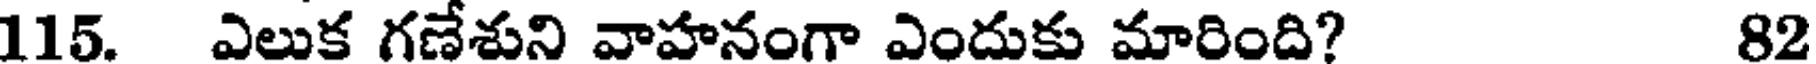
115. ఎలుక గణేశుని వాహనంగా ఎందుకు మారింది? 82